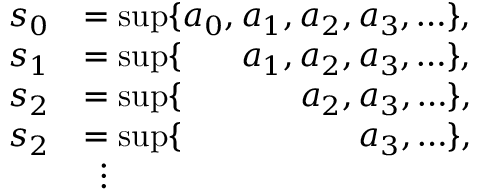
\begin{array} { r l } { s _ { 0 } } & { = \operatorname* { s u p } \{ a _ { 0 } , a _ { 1 } , a _ { 2 } , a _ { 3 } , \ldots \} , } \\ { s _ { 1 } } & { = \operatorname* { s u p } \{ \phantom { a _ { 0 } , } \, a _ { 1 } , a _ { 2 } , a _ { 3 } , \ldots \} , } \\ { s _ { 2 } } & { = \operatorname* { s u p } \{ \phantom { a _ { 0 } , a _ { 1 } } \, \, \, a _ { 2 } , a _ { 3 } , \ldots \} , } \\ { s _ { 2 } } & { = \operatorname* { s u p } \{ \phantom { a _ { 0 } , a _ { 1 } , a _ { 2 } } \, \, \, a _ { 3 } , \ldots \} , } \\ { \, \, \, } & { \, \, \, \vdots } \end{array}